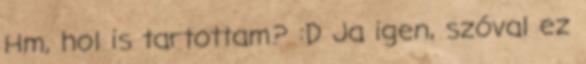
Hm, hol is tartottam? :D Ja igen, szóval ez